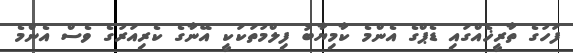
ފަހުގެ ތާރީޚެއްގައި ޑެޕްގެ އެންމެ ކާމިޔާބު ފިލްމުތަކަކީ އޭނާގެ ކެރިއަރުގެ ވެސް އެންމެ